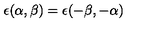
\epsilon ( \alpha , \beta ) = \epsilon ( - \beta , - \alpha )